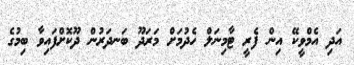
އަދި އެމްވީކޭ އިން ފެރީ ޓާމިނަލް ހެދުމަށް މަރަދޫ ބަނދަރުން ދޫކޮށްފައިވާ ބިމުގެ